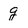
Character: g